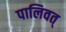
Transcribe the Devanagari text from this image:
पालिवत्‌